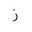
Letter: _zay